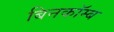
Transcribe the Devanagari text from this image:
बिनकॉम्ब